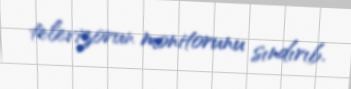
televizorun monitorunu sındırıb.